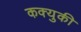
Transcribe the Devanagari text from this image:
कक्युकी